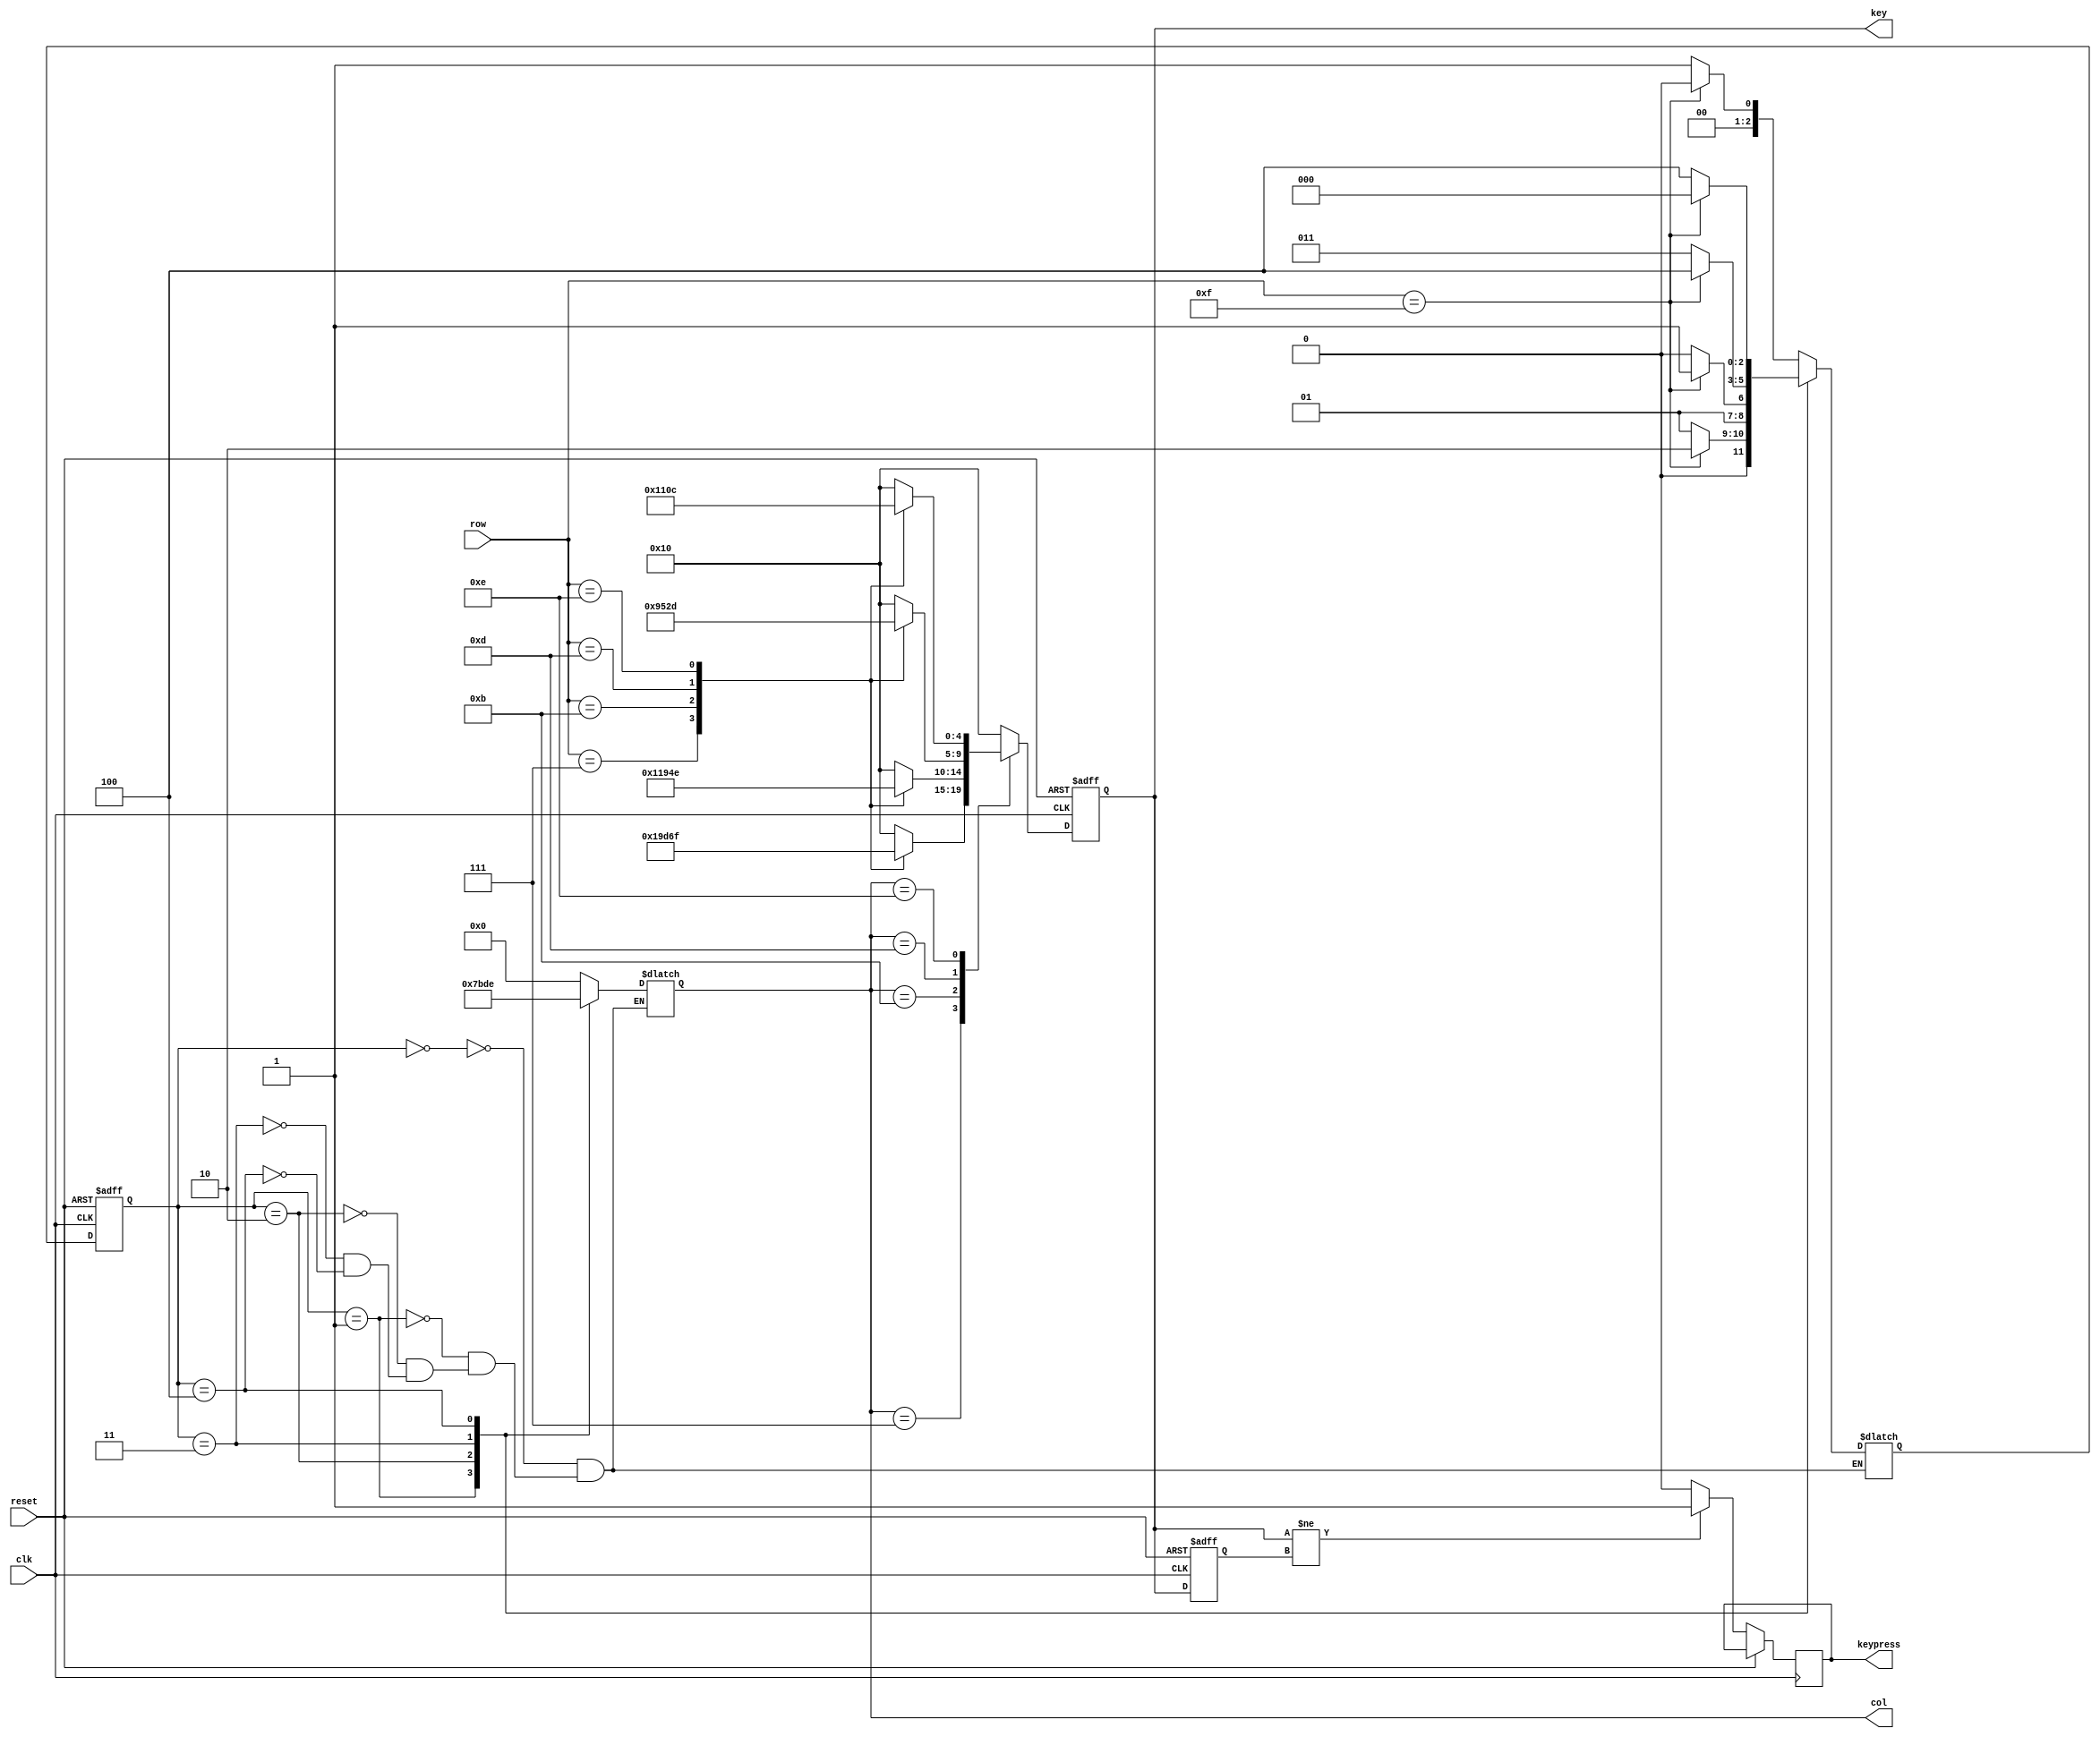
module matrix_keypad(
    input clk,            // 
    input reset,          // 
    input [3:0] row,      // 
    output reg [3:0] col, // 
    output reg [4:0] key, // 
    output reg keypress   // 
);

    parameter idle=3'd0,check_1st=3'd1,check_2nd=3'd2,check_3rd=3'd3,check_4th=3'd4;
    
    reg[2:0] present_state, next_state;
    reg [4:0] prev_key = 5'b10000; // 

    always @(posedge clk or posedge reset) begin
        if (reset) begin  
            present_state <= idle; 
        end 
        else begin
            present_state <= next_state;   
    end
	 end

    always @(*) begin
        case (present_state)
            idle:begin
						if(row == 4'b1111) next_state = idle;
						else next_state = check_1st;
					end
					check_1st:begin
						if(row == 4'b1111) next_state = check_2nd;
						else next_state = check_1st;
					end
					check_2nd:begin
						if(row == 4'b1111) next_state = check_3rd;
						else next_state = check_2nd;
					end
					check_3rd:begin
						if(row == 4'b1111) next_state = check_4th;
						else next_state = check_3rd;
					end
					check_4th:begin
						if(row == 4'b1111) next_state = idle;
						else next_state = check_4th;
					end
        endcase
    end

    always@(present_state) begin
		case(present_state)
			idle: col = 4'b0000;
			check_1st: col = 4'b0111;
			check_2nd: col = 4'b1011;
			check_3rd: col = 4'b1101;
			check_4th: col = 4'b1110;
		endcase
    end

    always@(posedge clk or posedge reset) begin
        if(reset) begin
            key <= 5'b10000;
            prev_key <= 5'b10000;
        end
        else begin
            case(col)
                4'b0111:
						case(row)
							4'b0111: key <= 5'b00011; 
							4'b1011: key <= 5'b00111; 
							4'b1101: key <= 5'b01011; 
							4'b1110: key <= 5'b01111; 
							default: key <= 5'b10000;
						endcase
					4'b1011:
						case(row)
								4'b0111: key <= 5'b00010; 
								4'b1011: key <= 5'b00110; 
								4'b1101: key <= 5'b01010; 
								4'b1110: key <= 5'b01110; 
								default: key <= 5'b10000; 
							endcase
					4'b1101:
						case(row)
								4'b0111: key <= 5'b00001; 
								4'b1011: key <= 5'b00101; 
								4'b1101: key <= 5'b01001; 
								4'b1110: key <= 5'b01101; 
								default: key <= 5'b10000; 
							endcase
					4'b1110:
						case(row)
								4'b0111: key <= 5'b00000; 
								4'b1011: key <= 5'b00100; 
								4'b1101: key <= 5'b01000; 
								4'b1110: key <= 5'b01100; 
								default: key <= 5'b10000; 
							endcase
					default:key <= 5'b10000;
			endcase

            // Generate keypress pulse only when the key value changes
            if (key != prev_key) begin
                keypress <= 1'b1;
                prev_key <= key;
            end
            else begin
                keypress <= 1'b0;
					 prev_key <= key;
            end
        end
    end

endmodule